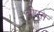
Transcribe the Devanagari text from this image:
ब्रीफ्स